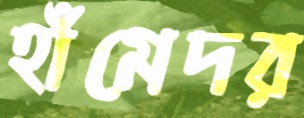
হাঁমেদর